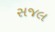
સજલ